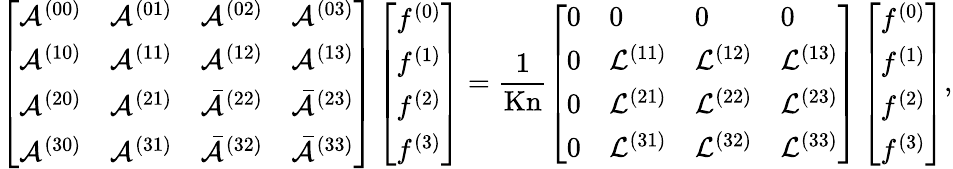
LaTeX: \left[\begin{array}{llll}{\mathcal{A}^{(00)}}&{\mathcal{A}^{(01)}}&{\mathcal{A}^{(02)}}&{\mathcal{A}^{(03)}}\\ {\mathcal{A}^{(10)}}&{\mathcal{A}^{(11)}}&{\mathcal{A}^{(12)}}&{\mathcal{A}^{(13)}}\\ {\mathcal{A}^{(20)}}&{\mathcal{A}^{(21)}}&{\bar{\mathcal{A}}^{(22)}}&{\bar{\mathcal{A}}^{(23)}}\\ {\mathcal{A}^{(30)}}&{\mathcal{A}^{(31)}}&{\bar{\mathcal{A}}^{(32)}}&{\bar{\mathcal{A}}^{(33)}}\end{array}\right]\left[\begin{array}{l}{f^{(0)}}\\ {f^{(1)}}\\ {f^{(2)}}\\ {f^{(3)}}\end{array}\right]=\frac{1}{\mathrm{Kn}}\left[\begin{array}{llll}{0}&{0}&{0}&{0}\\ {0}&{\mathcal{L}^{(11)}}&{\mathcal{L}^{(12)}}&{\mathcal{L}^{(13)}}\\ {0}&{\mathcal{L}^{(21)}}&{\mathcal{L}^{(22)}}&{\mathcal{L}^{(23)}}\\ {0}&{\mathcal{L}^{(31)}}&{\mathcal{L}^{(32)}}&{\mathcal{L}^{(33)}}\end{array}\right]\left[\begin{array}{l}{f^{(0)}}\\ {f^{(1)}}\\ {f^{(2)}}\\ {f^{(3)}}\end{array}\right],